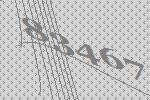
83467